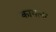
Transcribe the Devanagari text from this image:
कागला